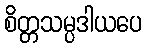
စိတ္တသမ္ပဒါယပေ